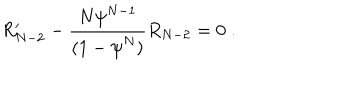
LaTeX: R _ { N - 2 } ^ { \prime } - \frac { N { \psi } ^ { N - 1 } } { ( 1 - { \psi } ^ { N } ) } R _ { N - 2 } = 0 \; .